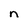
Character: n